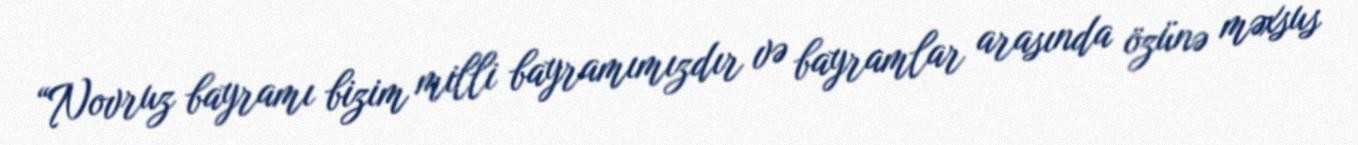
“Novruz bayramı bizim milli bayramımızdır və bayramlar arasında özünə məxsus